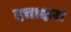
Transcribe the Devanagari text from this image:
दत्ताक्षरा